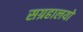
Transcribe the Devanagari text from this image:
सग्रहालयों